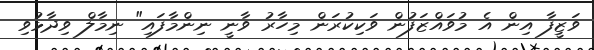
ވަޒީފާ އިން އެ މުވައްޒަފުން ވަކިކުރަން މިހާރު ވާނީ ނިންމާފައި" ނިމާލް ވިދާޅުވި